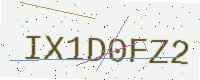
Text: IX1D0FZ2